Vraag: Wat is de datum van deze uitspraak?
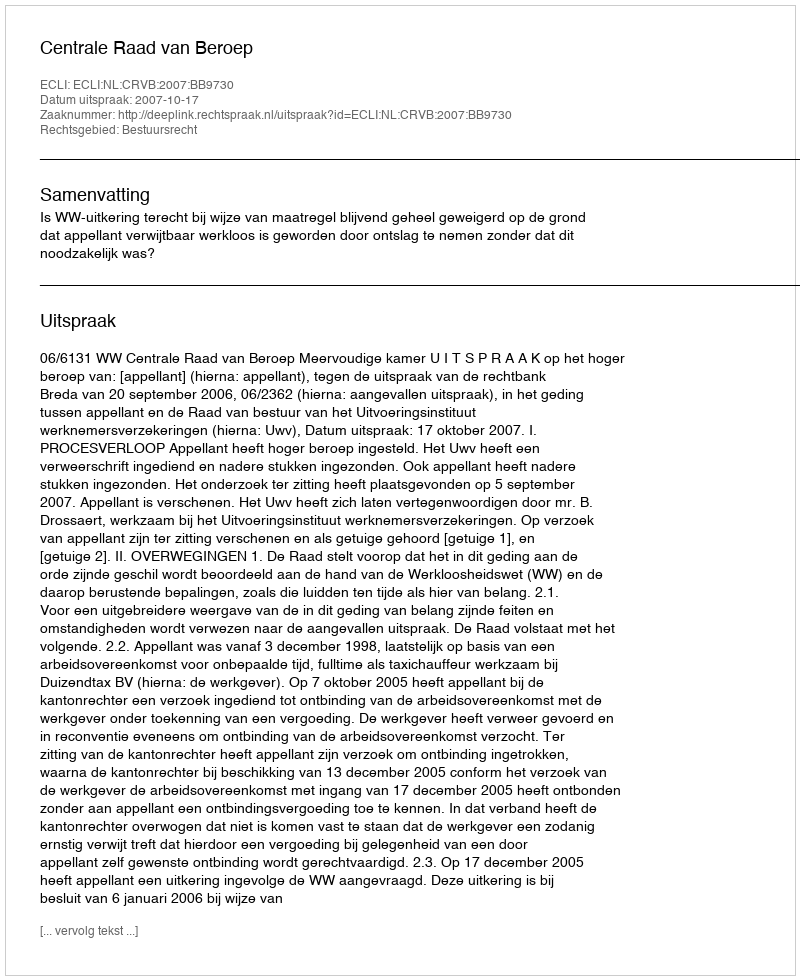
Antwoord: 2007-10-17